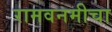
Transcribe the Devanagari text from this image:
रामवनमीचा